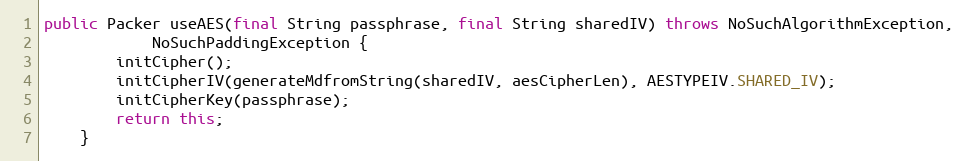
Language: Java
public Packer useAES(final String passphrase, final String sharedIV) throws NoSuchAlgorithmException,
			NoSuchPaddingException {
		initCipher();
		initCipherIV(generateMdfromString(sharedIV, aesCipherLen), AESTYPEIV.SHARED_IV);
		initCipherKey(passphrase);
		return this;
	}